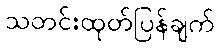
သတင်းထုတ်ပြန်ချက်